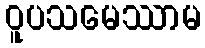
ဝူပသမေဿာမ